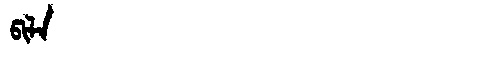
Manchu: ᡦᡳᠯᠠ
Romanization: PILA